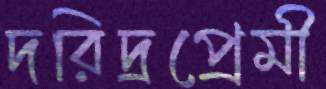
দরিদ্রপ্রেমী